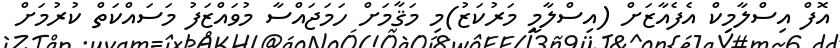
އޮފް އިސްލާމިކް އެފެއާޒަށް (އިސްލާމީ މަރުކަޒު)މި މަޤާމަށް ހަމަޖައްސާ މުވައްޒަފު މަސައްކަތް ކުރުމަށް